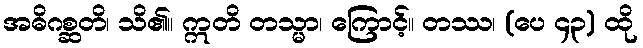
အဓိဂစ္ဆတိ၊ သိ၏။ ဣတိ တသ္မာ၊ ကြောင့်။ တဿ၊ (ပေ ၄၃) ထို